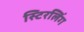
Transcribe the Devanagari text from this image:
स्टिरलिंग